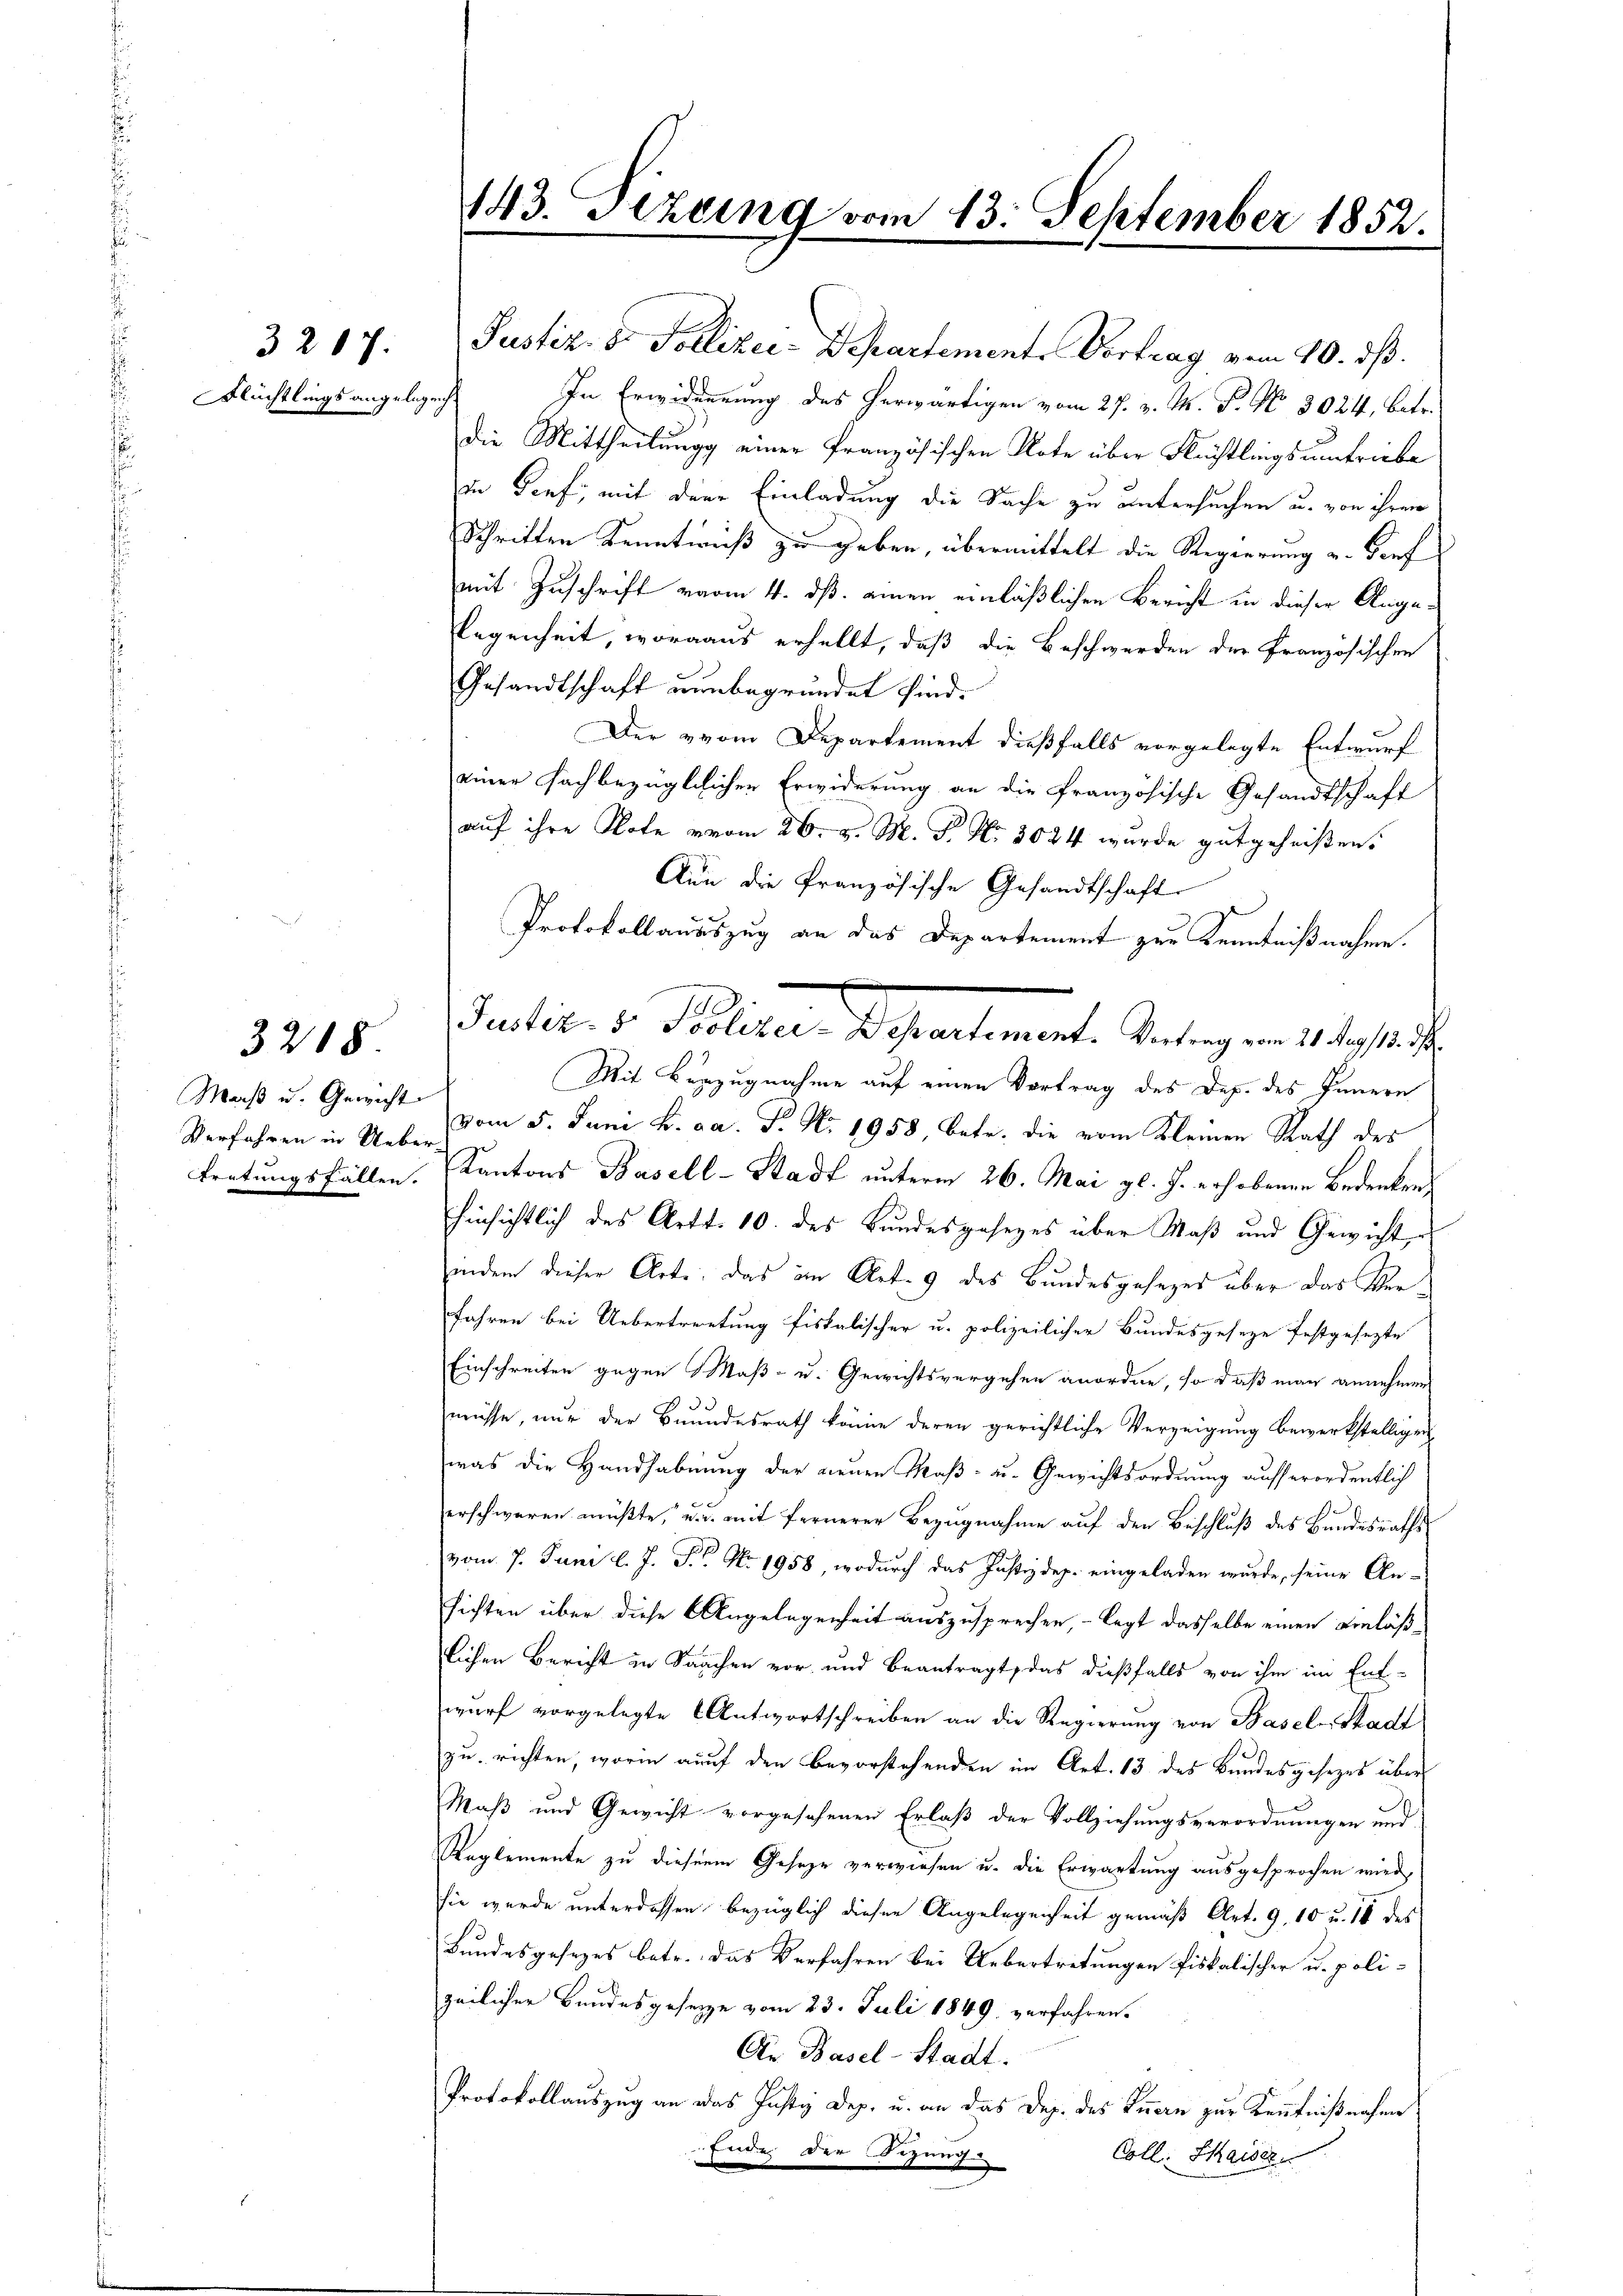
3217.
Flüchtlings angelegenh

3218.

Maß u. Gewicht
Tretungsfällen.

143. Sehling vom 13. September 1852.

Justiz- & Pollizei-Departement. Vortrag vom 20. ds.
In Erwiderung des herwärtigen vom 27. v. M. P. No. 8024, betr.
die Mittheilung einer französischen Note über Flüchtlingsumtriebe
in Genf, mit den Einladung die Sache zu untersuchen u. von ihren
Schriften Kenntweiß zu geben, übermittelt die Regierung u. Dorf
mit Zuschrift vom 4. ds. einen einläßlichen Bericht in dieser Angelegenheit, woraus erhellt, daß die Beschwerden der Französischen
Gesandtschaft unbegründet sind.
Der vom Departement dießfalls vorgelegte Entwurf
einer fach bezüglichen Erwiderung an die französische Gesandtschaft
auf ihre Note vom 26. v. M. P. Nr. 3024 wurde gutgeheißen.
Aun die französische Gesandtschaft.
Protokollausszug an das Departement zur Kenntnißnahme.
Mit Verzugnahme auf einen Vortrag des Dep. des Innern
Verfahren in A. vom 5. Juni h. ca. P. Nr. 1958, betr. die vom Kleinen Rath des
Kantons Basell-Stadt unterm 26. Mai gl. J. erhobenen Bedenken,
hinsichtlich des Art. 10. des Bundesgesezes über Maß und Gewicht,
indem dieser Arte: das im Art. 9 des Bundesgesezes über das Verfahren bei Uebertretung fiskalischer u. polizeilicher Bundesgesetze festgesezte
Einschreiten gegen Maß- u. Gewichtsvergehen anordne, so daß man annehmen
3
müsse, nur der Beundesrath könne deren gerichtliche Verzeigung bewerkstelligen
was die Handhabung der neuen Maß- u. Gewichtsordnung aufserordentlich
.
erschweren müßte, u. d. mit fernerer Bezugnahme auf den Beschluß des Bundesrathsvom 7. Juni l. J. P. Nr. 1958, wodurch das Justizdep. eingeladen wurde, seine An-
hichten über diese Angelegenheit auszusprechen, – legt dasselbe einen Einläßlichen Bericht in Sachen vor und Beantragt, das dießfalls von ihm im Ent-
wurf vorgelegte Antwortschreiben an die Regierung von Basel-Stadt
e
zu richten, worin auf den Bevorstehenden im Art. 13 des Bundesgesezes über
Maß und Gewicht vorgesehenen Erlaß der Vollziehungsverordnungen und
Reglemente zu diesem Gesetze verwiesen u. die Erwartung ausgesprochen wird,
sie wurde unterdessen bezüglich dieser Angelegenheit gemäß Art. 9, 10 u. 18 des
Bundesgesezes betr. das Verfahren bei Uebertretungen fiskalischer u. polizeilicher Bundesgesetze vom 23. Juli 1849 verfahren.
An Basel-Stadt.
Protokollauszug an das Justiz Dep. u. an das Dep. des Innern zur Kenntnißnahen
Ende der Bezug
Coll. Shaiser

Sanction v. Seiter Bestantement. Antag in als ich